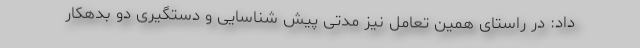
داد: در راستای همین تعامل نیز مدتی پیش شناسایی و دستگیری دو بدهکار